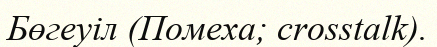
Бөгеуіл (Помеха; crosstalk).